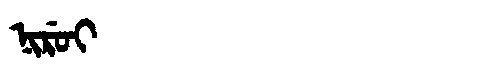
Manchu: ᠨᡳᡵᡠᡳ
Romanization: NIRUI